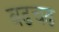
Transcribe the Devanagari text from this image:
बढचढ